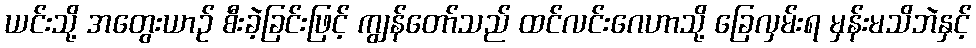
ယင်းသို့ အတွေးယာဉ် စီးခဲ့ခြင်းဖြင့် ကျွန်တော်သည် ထင်လင်းဂေဟာသို့ ခြေလှမ်းရ မှန်းမသိဘဲနှင့်